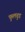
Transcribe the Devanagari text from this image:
फुलवुड